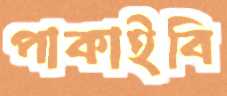
পাকাইবি